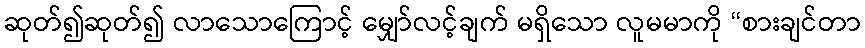
ဆုတ်၍ဆုတ်၍ လာသောကြောင့် မျှော်လင့်ချက် မရှိသော လူမမာကို “စားချင်တာ